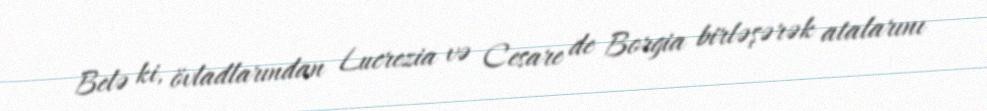
Belə ki, övladlarından Lucrezia və Cesare de Borgia birləşərək atalarını